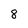
Character: 8